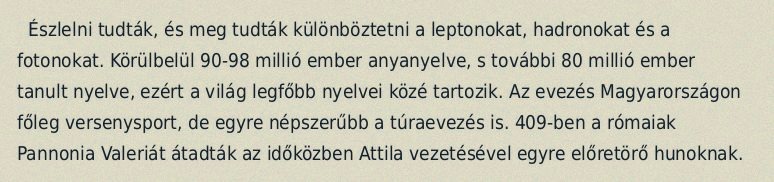
Észlelni tudták, és meg tudták különböztetni a leptonokat, hadronokat és a fotonokat. Körülbelül 90-98 millió ember anyanyelve, s további 80 millió ember tanult nyelve, ezért a világ legfőbb nyelvei közé tartozik. Az evezés Magyarországon főleg versenysport, de egyre népszerűbb a túraevezés is. 409-ben a rómaiak Pannonia Valeriát átadták az időközben Attila vezetésével egyre előretörő hunoknak.